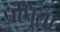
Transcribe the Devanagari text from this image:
प्रपिता